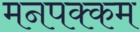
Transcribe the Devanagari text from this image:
मनपक्कम